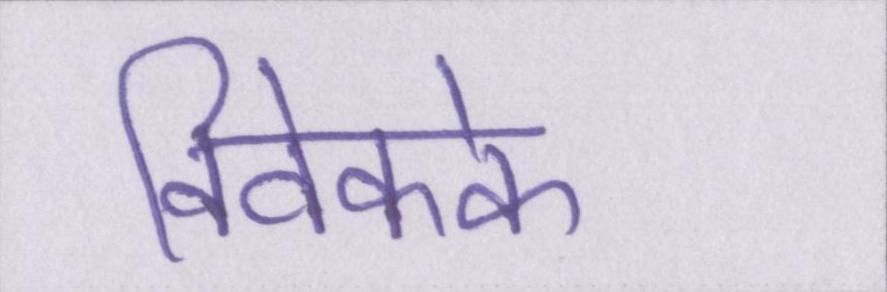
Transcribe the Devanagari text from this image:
विवेकके